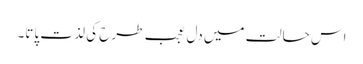
اس حالت میں دل عجب طرح کی لذت پاتا۔